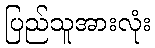
ပြည်သူအားလုံး